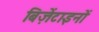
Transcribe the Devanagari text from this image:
बिज़ेंटाइनों